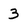
Character: 3